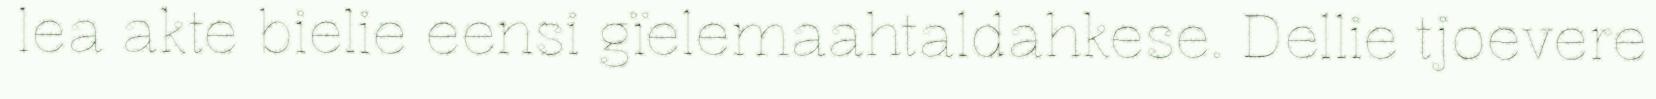
lea akte bielie eensi gïelemaahtaldahkese. Dellie tjoevere